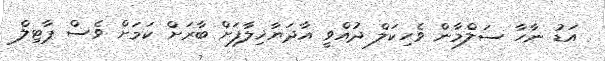
އަޑު ނާހާ ސަލްމާން ވެހިކަލް ދުއްވީ އާދަޔާޚިލާފަށް ބާރަށް ކަމަށް ވެސް ޕާޓިލް